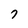
Character: 7